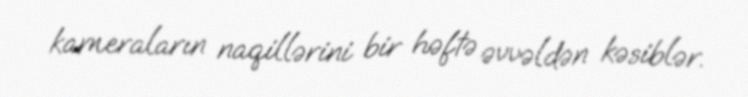
kameraların naqillərini bir həftə əvvəldən kəsiblər.